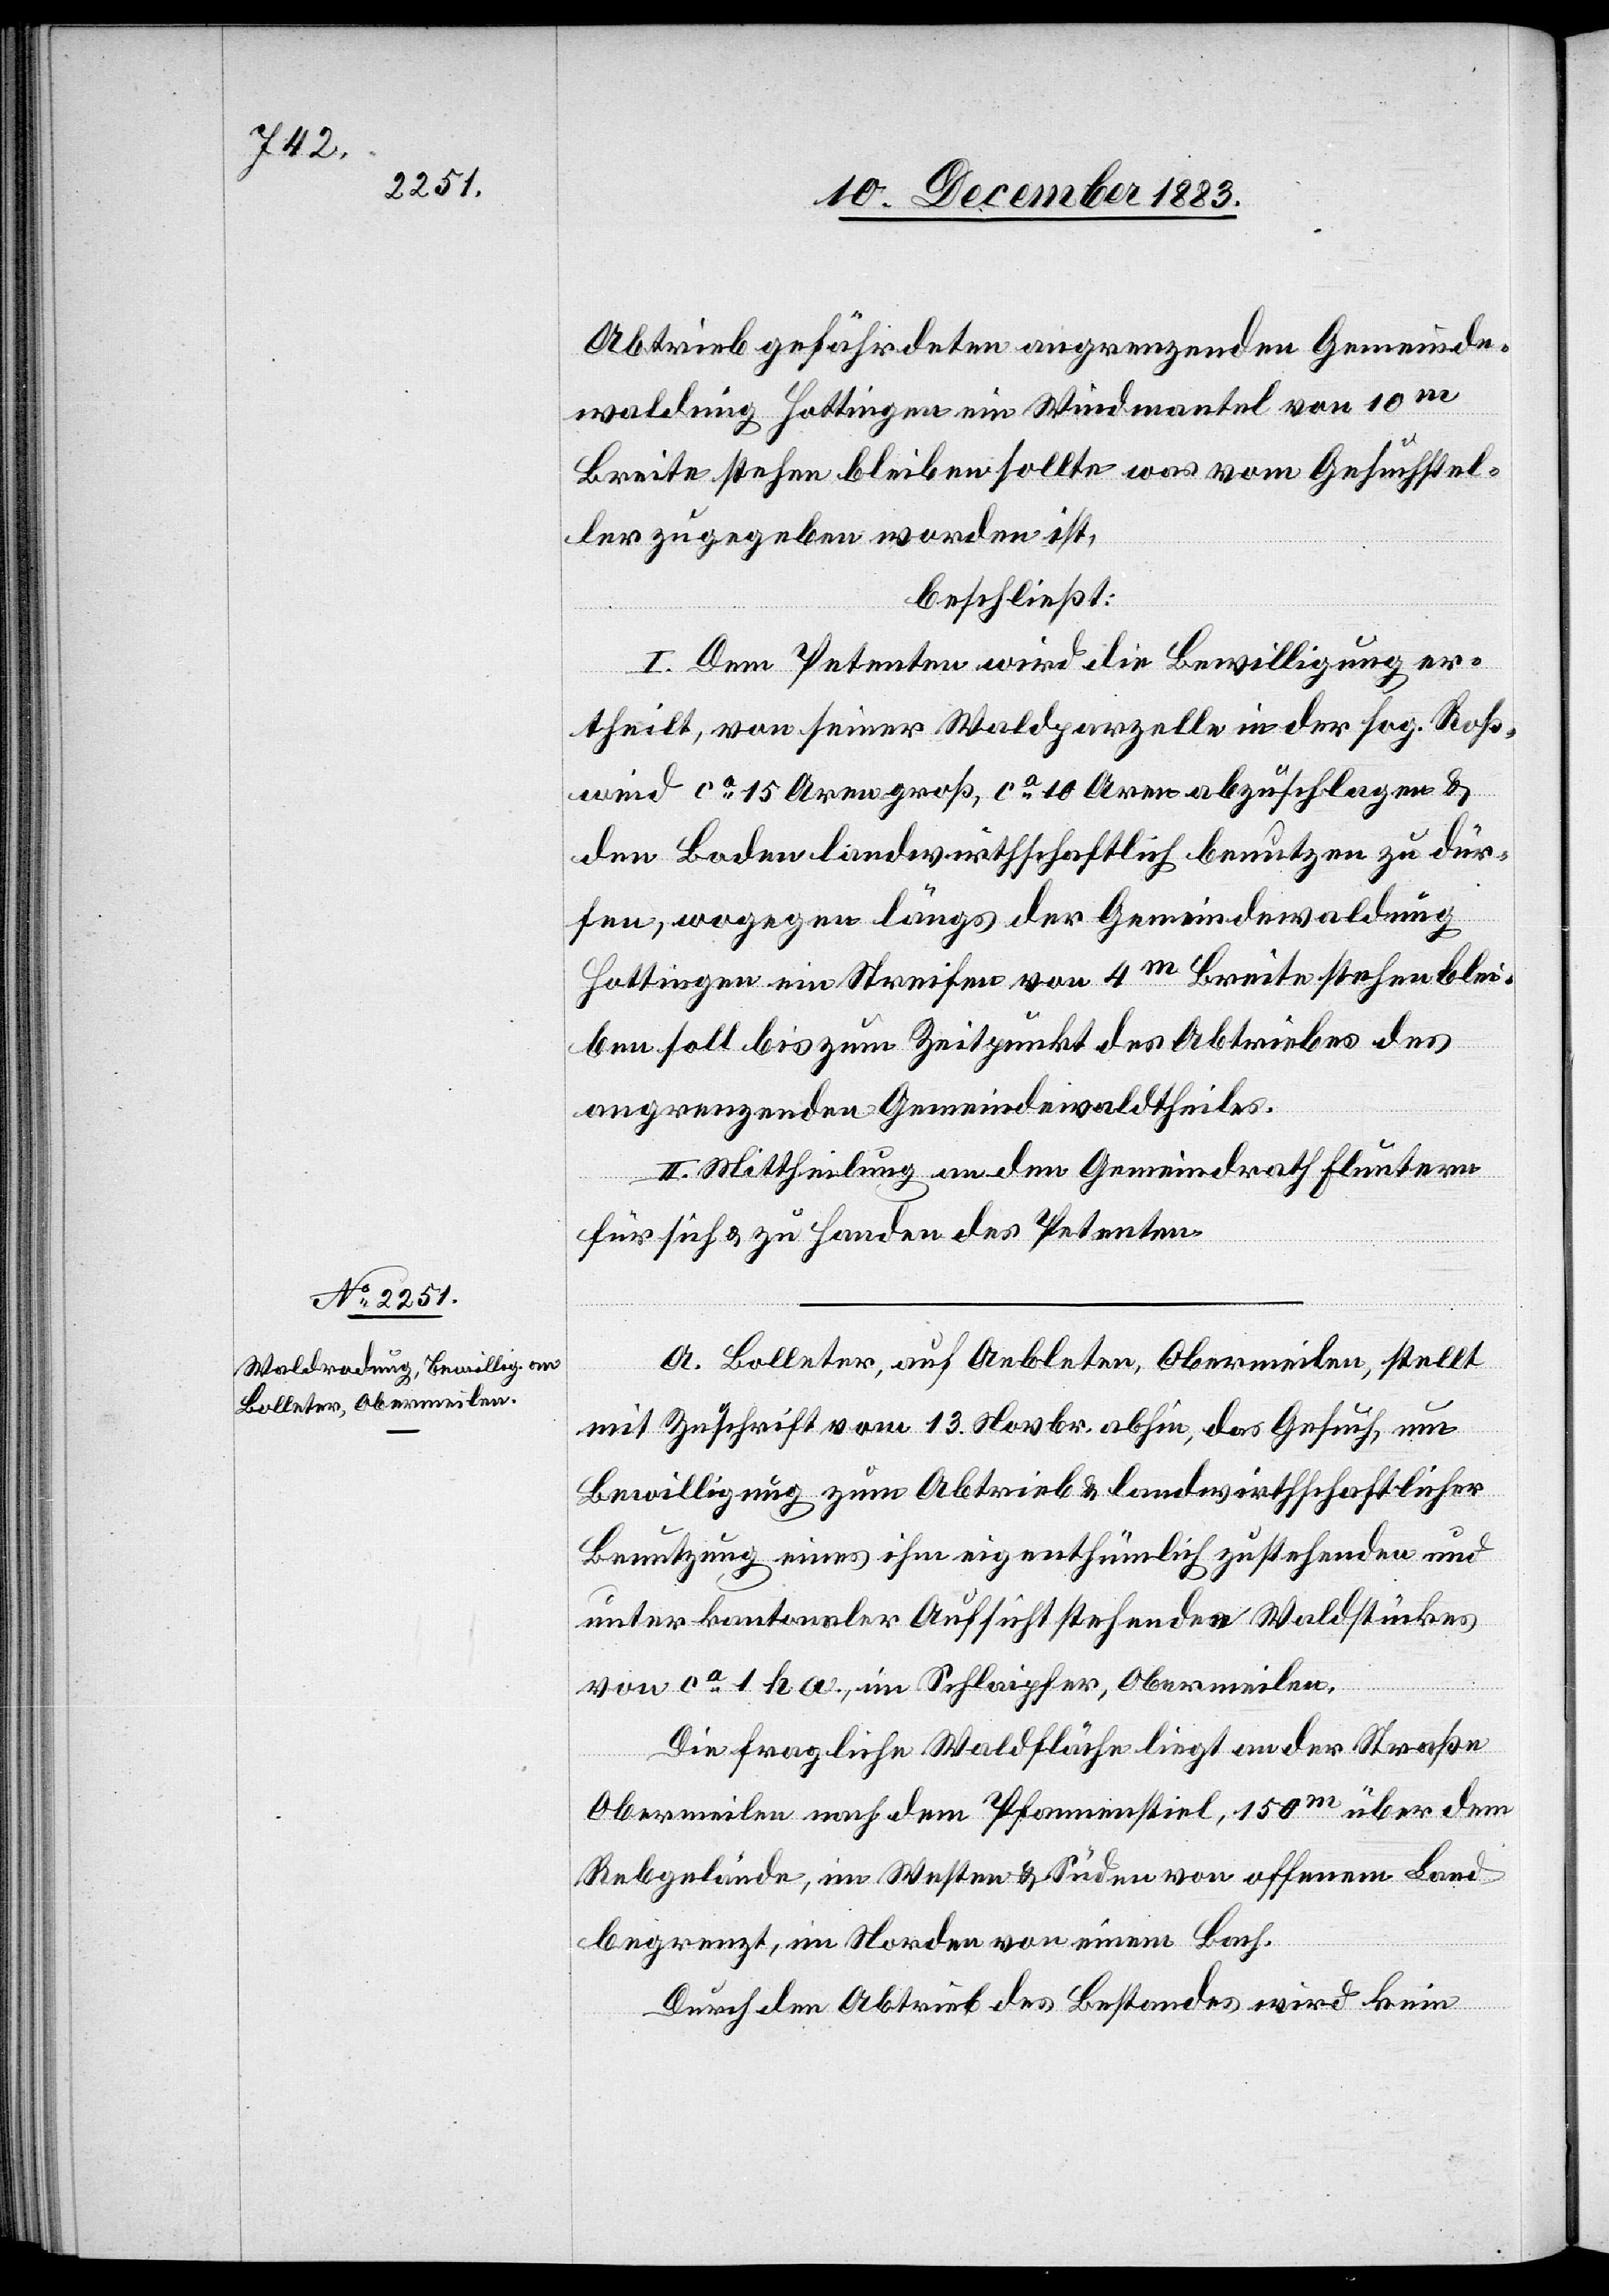
Abtrieb gefährdeten angrenzenden Gemeinde¬
waldung Hottingen ein Windmantel von 10m
Breite stehen bleiben sollte was vom Gesuchstel¬
ler zugegeben worden ist,
beschließt:
I. Dem Petenten wird die Bewilligung er¬
theilt, von seiner Waldparzelle in der sog. Roß¬
weid ca 15 Aren groß, ca 10 Aren abzuschlagen &
den Boden landwirthschaftlich benutzen zu dür¬
fen, wogegen längs der Gemeindswaldung
Hottingen ein Streifen von 4m Breite stehenblei¬
ben soll bis zum Zeitpunkt des Abtriebes des
angrenzenden Gemeindewaldtheiles.
II. Mittheilung an den Gemeindrath Fluntern
für sich & zu Handen des Petenten.
A. Bolleter, auf Aebleten, Obermeilen, stellt
mit Zuschrift vom 13. Novbr. abhin, das Gesuch, um
Bewilligung zum Abtrieb & landwirthschaftlicher
Benutzung eines ihm eigenthümlich zustehenden und
unter kantonaler Aufsicht stehenden Waldstückes
von ca 1 ha, im Schlaipfer, Obermeilen.
Die fragliche Waldfläche liegt an der Straße
Obermeilen nach dem Pfannenstiel, 150m über dem
Rebgelände, im Westen & Süden von offenem Land
begrenzt, im Norden von einem Bach.
Durch den Abtrieb des Bestandes wird kein